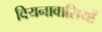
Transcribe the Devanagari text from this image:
वियनावासियों